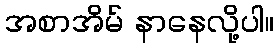
အစာအိမ် နာနေလို့ပါ။